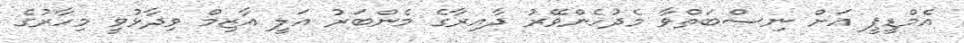
އެމްޑީޕީ އަށް ނިސްބަތްވާ މެދުހެންވޭރު ދާއިރާގެ މެންބަރު އަލީ އާޒިމް ވިދާޅުވީ މިހާރުގެ